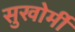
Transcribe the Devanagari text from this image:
सुखोर्मी